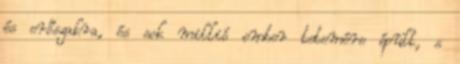
és erőszakra, és sok millió ember tetemére épült, s